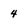
Character: 4